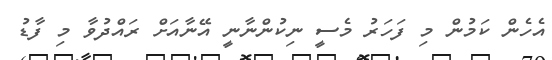
އެހެން ކަމުން މި ފަހަރު މެސީ ނިކުންނާނީ އޭނާއަށް ރައްދުވާ މި ފާޑު